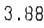
3.88